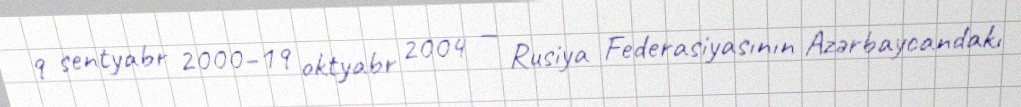
9 sentyabr 2000–19 oktyabr 2004 — Rusiya Federasiyasının Azərbaycandakı